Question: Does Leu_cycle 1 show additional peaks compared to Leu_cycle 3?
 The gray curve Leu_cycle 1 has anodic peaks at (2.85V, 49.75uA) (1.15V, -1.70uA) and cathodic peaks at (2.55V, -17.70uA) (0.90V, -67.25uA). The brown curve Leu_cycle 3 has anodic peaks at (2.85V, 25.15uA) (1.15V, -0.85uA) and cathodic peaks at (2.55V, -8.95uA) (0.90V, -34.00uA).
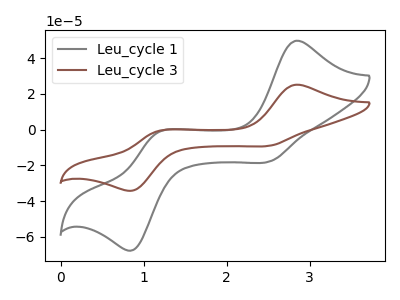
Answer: <think>All the peaks in "Leu_cycle 1" have a peak in "Leu_cycle 3" at the same potential.
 </think>
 <answer>No, "Leu_cycle 1" and "Leu_cycle 3" don't appear to be significantly different in shape</answer>
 <eval>no_change</eval>